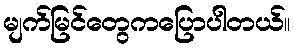
မျက်မြင်တွေကပြောပါတယ်။